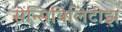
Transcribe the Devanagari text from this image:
सेन्सिबिलिटीझ